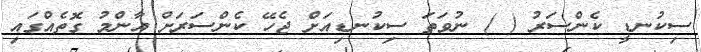
ސިކުނޑީ ކެންސަރު ( ) ނުވަތަ ސިކުނޑިއަށް ޖެހޭ ކެންސަރަށް އާންމު ގޮތެއްގައި